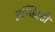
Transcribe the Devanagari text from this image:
इन्विक्टी